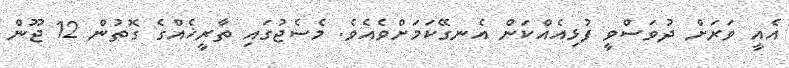
އެއީ ވަރަށް ދުވަސްވީ ފުޅިއެއްކަން އެނގޭކަމަށްވެއެވެ. މެސެޖުގައި ތާރީޚެއްގެ ގޮތުން 12 ޖޫން